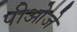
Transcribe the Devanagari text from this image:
पीओजे